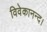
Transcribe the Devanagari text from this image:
विवेकानन्द।